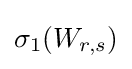
\sigma _{1}(W_{r,s})